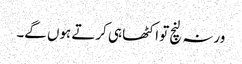
ورنہ لنچ تو اکٹھا ہی کرتے ہوں گے۔